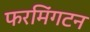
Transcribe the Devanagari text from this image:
फरमिंगटन